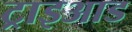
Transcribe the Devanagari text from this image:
ट्राइआड